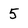
Character: 5